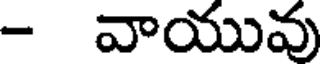
- వాయువు